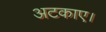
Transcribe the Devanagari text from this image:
अटकाए।